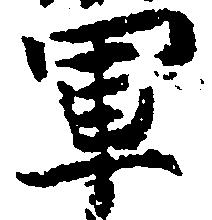
軍